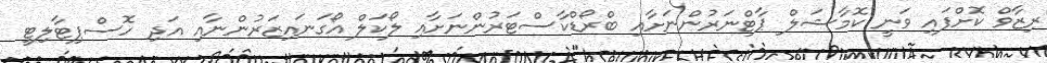
ރިޒާވް ކޮށްފައި ވަނީ ކޮމާޝަލް ޕާޓްނަރުންނަށާއި ބްރޯޑްކާސްޓަރުންނަށާއި ލޯކަލް އޯގަނައިޒަރުންނާއި އަދި ހޮސްޕިޓާލިޓީ